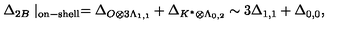
\Delta _ { 2 B } \mid _ { \mathrm { o n - s h e l l } } = \Delta _ { O \otimes 3 \Lambda _ { 1 , 1 } } + \Delta _ { K ^ { \ast } \otimes \Lambda _ { 0 , 2 } } \sim 3 \Delta _ { 1 , 1 } + \Delta _ { 0 , 0 } ,